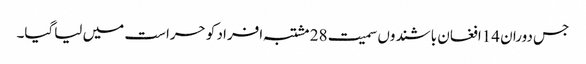
جس دوران 14افغان باشندوں سمیت 28 مشتبہ افراد کو حراست میں لیاگیا۔